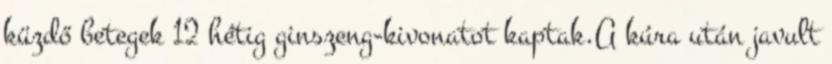
küzdő betegek 12 hétig ginszeng-kivonatot kaptak.A kúra után javult